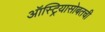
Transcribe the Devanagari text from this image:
ऑस्ट्रियासोबतची